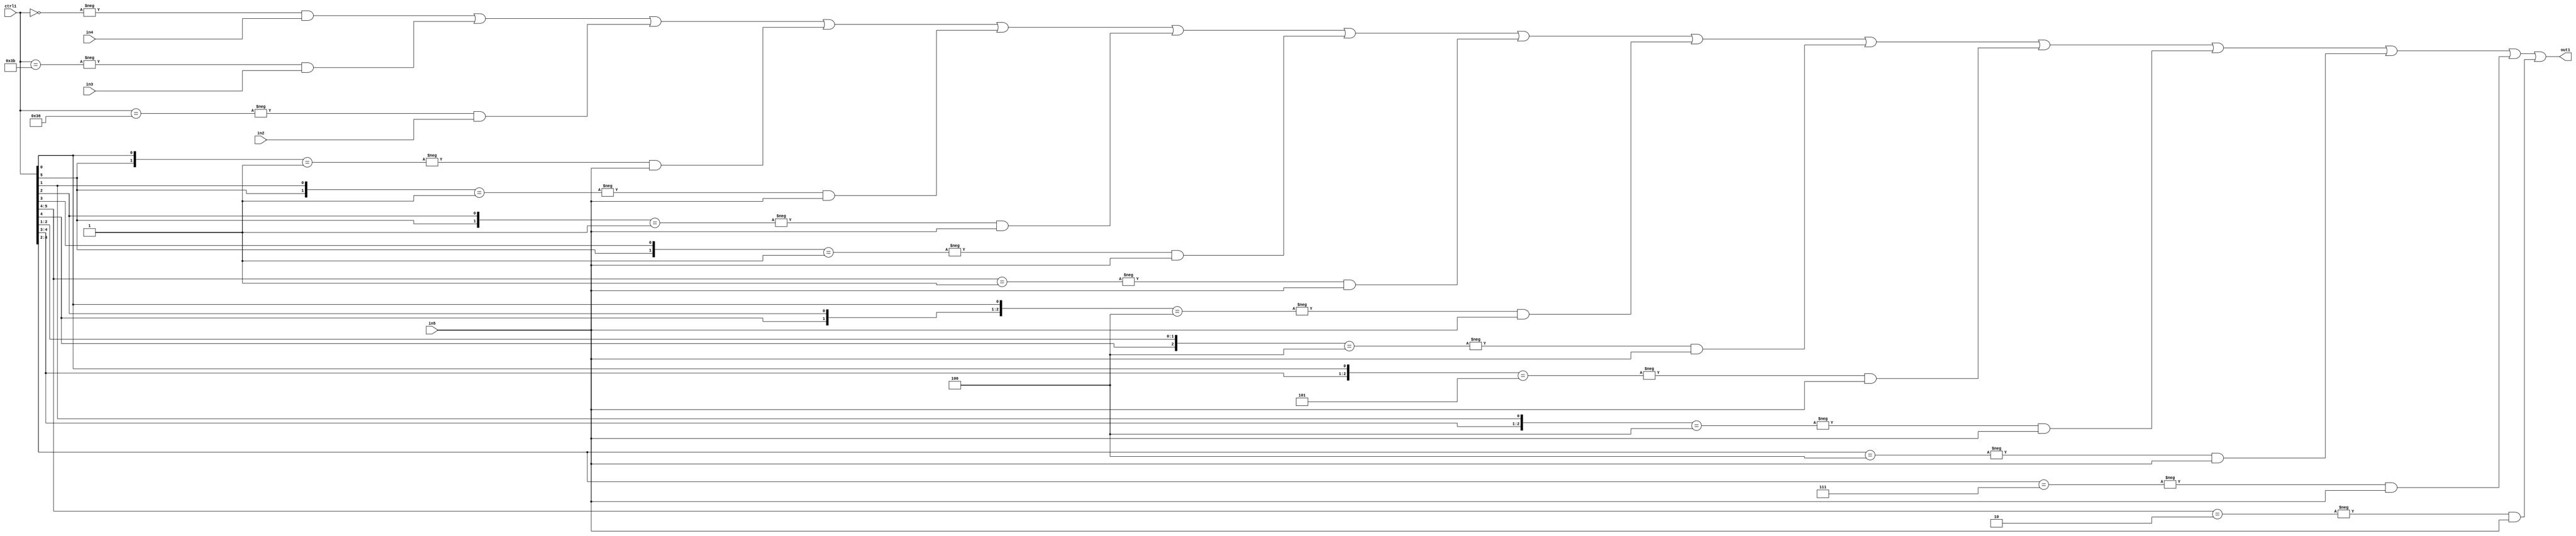
`timescale 1ps / 1ps
/*****************************************************************************
    Verilog RTL Description
    
    
    Created by: Stratus DpOpt 21.05.01 
*******************************************************************************/

module SobelFilter_N_Mux_32_4_51_4 (
	in5,
	in4,
	in3,
	in2,
	ctrl1,
	out1
	); /* architecture "behavioural" */ 
input [31:0] in5;
input [8:0] in4,
	in3,
	in2;
input [5:0] ctrl1;
output [31:0] out1;
wire [31:0] asc001;

assign asc001 = 
	-{ctrl1 == 6'B000000} & in4 |
	-{ctrl1 == 6'B111011} & in3 |
	-{ctrl1 == 6'B110110} & in2 |
	-{{ctrl1[5], ctrl1[0]} == 2'B01} & in5 |
	-{{ctrl1[5], ctrl1[1]} == 2'B01} & in5 |
	-{{ctrl1[5], ctrl1[2]} == 2'B01} & in5 |
	-{{ctrl1[5], ctrl1[3]} == 2'B01} & in5 |
	-{ctrl1[5:4] == 2'B01} & in5 |
	-{{ctrl1[4], ctrl1[2], ctrl1[0]} == 3'B100} & in5 |
	-{{ctrl1[4], ctrl1[2:1]} == 3'B100} & in5 |
	-{{ctrl1[4:3], ctrl1[0]} == 3'B101} & in5 |
	-{{ctrl1[4:3], ctrl1[1]} == 3'B100} & in5 |
	-{ctrl1[4:2] == 3'B100} & in5 |
	-{ctrl1[4:2] == 3'B111} & in5 |
	-{ctrl1[5:4] == 2'B10} & in5 ;

assign out1 = asc001;
endmodule

/* CADENCE  s7LwTQw= : u9/ySxbfrwZIxEzHVQQV8Q== ** DO NOT EDIT THIS LINE ******/